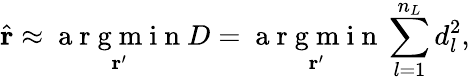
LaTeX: \hat{\mathbf{r}}\approx\underset{\mathbf{r}^{\prime}}{\mathrm{~a~r~g~m~i~n~}}D=\underset{\mathbf{r}^{\prime}}{\mathrm{~a~r~g~m~i~n~}}\sum_{l=1}^{n_{L}}d_{l}^{2},